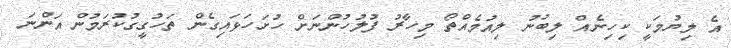
އެ ލިޔުމަކީ ކިހިނެއް ލިބުނު ލިއުމެއްތޯ މިހާރު ފުލުހުންނަށް ހުށަހަޅައިގެން ތަހުގީގުކުރަމުން އަންނަ